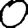
Digit: 0